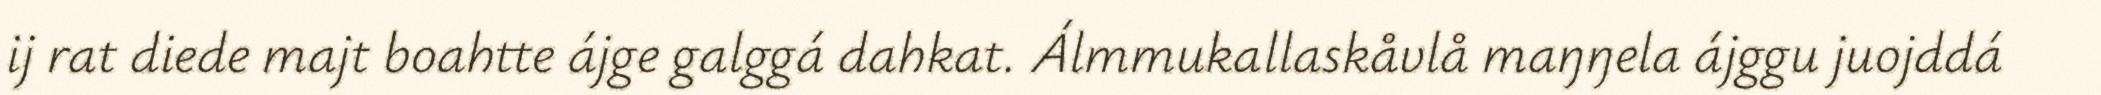
ij rat diede majt boahtte ájge galggá dahkat. Álmmukallaskåvlå maŋŋela ájggu juojddá